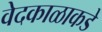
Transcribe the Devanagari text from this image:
वेदकाळाकडे